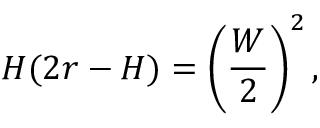
H ( 2 r - H ) = \left( { \frac { W } { 2 } } \right) ^ { 2 } ,